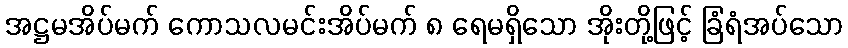
အဋ္ဌမအိပ်မက် ကောသလမင်းအိပ်မက် ၈ ရေမရှိသော အိုးတို့ဖြင့် ခြံရံအပ်သော